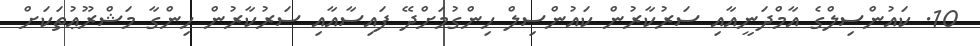
10. ކައުންސިލްގެ އާމްދަނީއާއި ސަރުކާރުން ކައުންސިލް ހިންގުމަށްދޭ ފައިސާއާއި ސަރުކާރުން ހިންގާ މަޝްރޫޢުތަކަށް